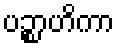
ပဉ္စာဟိကာ